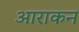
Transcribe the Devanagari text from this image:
आराकन